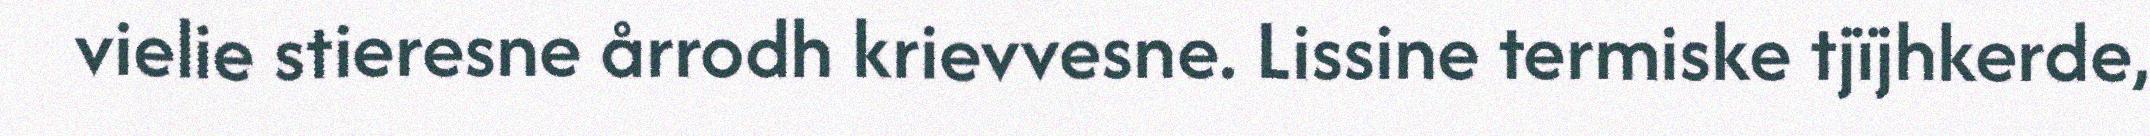
vielie stieresne årrodh krievvesne. Lissine termiske tjïjhkerde,